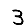
Digit: 3